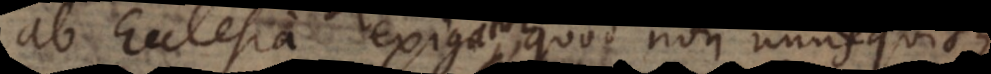
ab Ecclesia exigatur, quod non unusquisque